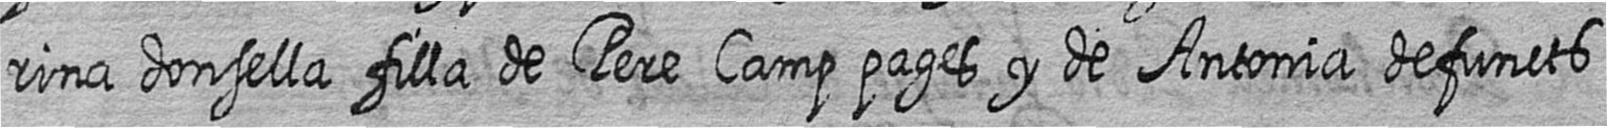
rina donsella filla de Pere Camp pages y de Antonia defuncts